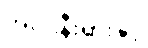
အင်ဒိုနီးရှားနှင့်